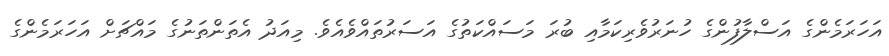
އަހަރަމެންގެ އަސްލާފުންގެ ހުނަރުވެރިކަމާއި ބުރަ މަސައްކަތުގެ އަސަރުތައްވެއެވެ. މިއަދު އެތަންތަނުގެ މައްޗަށް އަހަރަމެންގެ